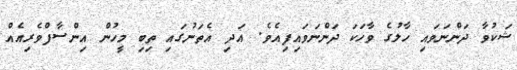
ޝަކުވާ ދަންނަވައި ހާލުގެ ވާހަކަ ދަންނަވައިފިއެވެ. އަދި އެތަނުގައި ތިބި މީހުން އިންސާފްވެރިއެއް